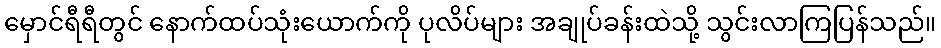
မှောင်ရီရီတွင် နောက်ထပ်သုံးယောက်ကို ပုလိပ်များ အချုပ်ခန်းထဲသို့ သွင်းလာကြပြန်သည်။